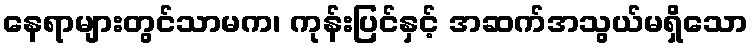
နေရာများတွင်သာမက၊ ကုန်းပြင်နှင့် အဆက်အသွယ်မရှိသော